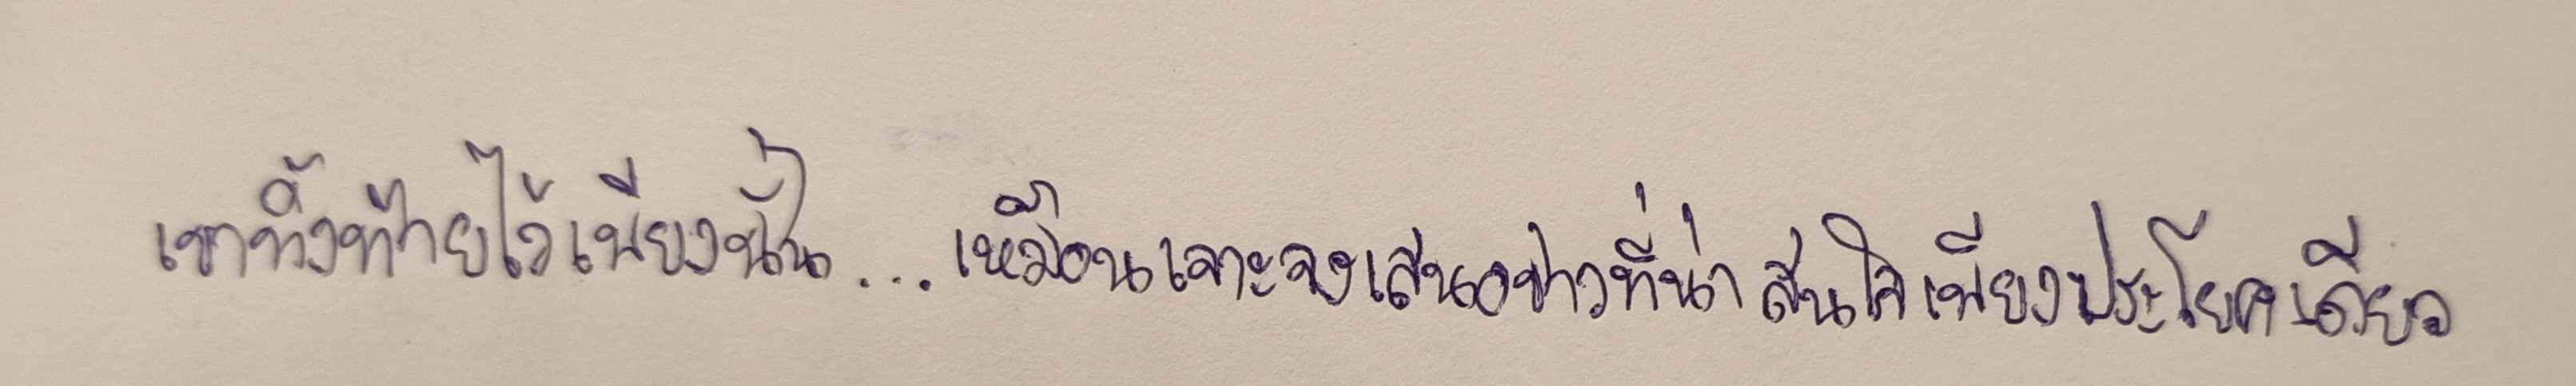
เขาทิ้งท้ายไว้เพียงนั้น...เหมือนเจาะจงเสนอข่าวที่น่าสนใจเพียงประโยคเดียว